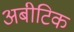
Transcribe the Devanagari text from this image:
अबीटिक